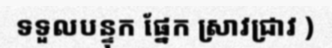
ទទួលបន្ទុក ផ្នែក ស្រាវជ្រាវ )